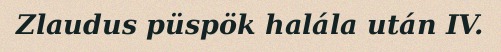
Zlaudus püspök halála után IV.